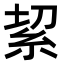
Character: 𥿚